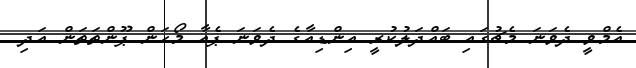
އެމްވީ ދެވަނަ މެޗުގައި ބައްދަލުކުރީ އިންޑިއާގެ ދެވަނަ ޕެއާ މޯހަން ޕޫންތަތަން އަދި